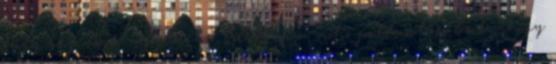
hogy bejussak a fülkébe. Éreztem a mohó pillantásukat, ahogy